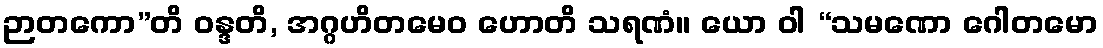
ဉာတကော”တိ ဝန္ဒတိ, အဂ္ဂဟိတမေဝ ဟောတိ သရဏံ။ ယော ဝါ “သမဏော ဂေါတမော